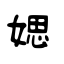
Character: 媤